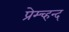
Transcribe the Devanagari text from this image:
प्रेम्च्हन्द्